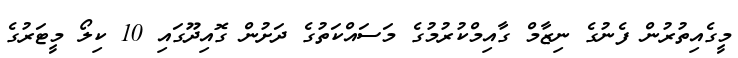
މީގެއިތުރުން ފެނުގެ ނިޒާމް ގާއިމްކުރުމުގެ މަސައްކަތުގެ ދަށުން ގޮއިދޫގައި 10 ކިލޯ މީޓަރުގެ